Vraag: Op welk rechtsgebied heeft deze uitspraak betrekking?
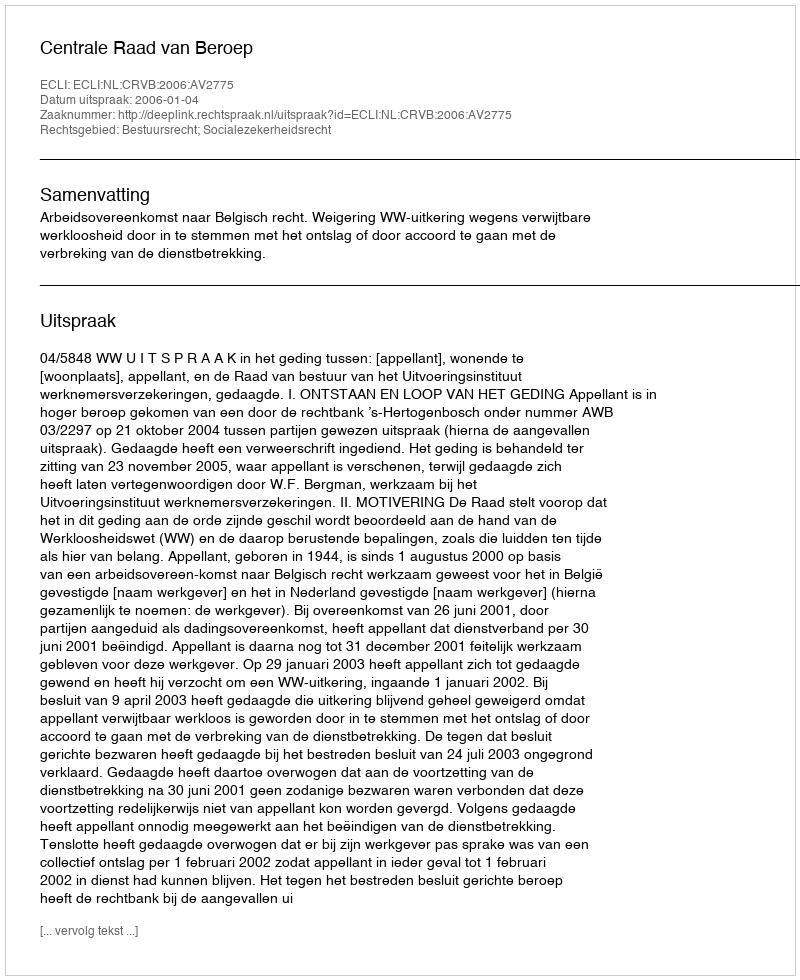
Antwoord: Bestuursrecht; Socialezekerheidsrecht